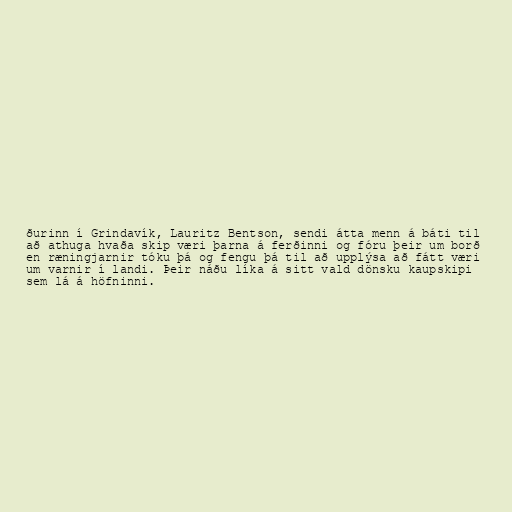
ðurinn í Grindavík, Lauritz Bentson, sendi átta menn á báti til
að athuga hvaða skip væri þarna á ferðinni og fóru þeir um borð
en ræningjarnir tóku þá og fengu þá til að upplýsa að fátt væri
um varnir í landi. Þeir náðu líka á sitt vald dönsku kaupskipi
sem lá á höfninni.